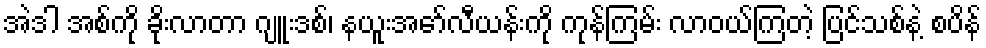
အဲဒါ အစ်ကို ခိုးလာတာ ဂျူးဒစ်၊ နယူးအော်လီယန်းကို ကုန်ကြမ်း လာဝယ်ကြတဲ့ ပြင်သစ်နဲ့ စပိန်